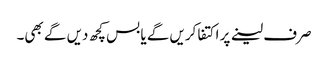
صرف لینے پر اکتفا کریں گے یا بس کچھ دیں گے بھی۔